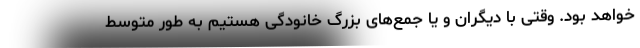
خواهد بود. وقتی با دیگران و یا جمع‌های بزرگ خانودگی هستیم به طور متوسط